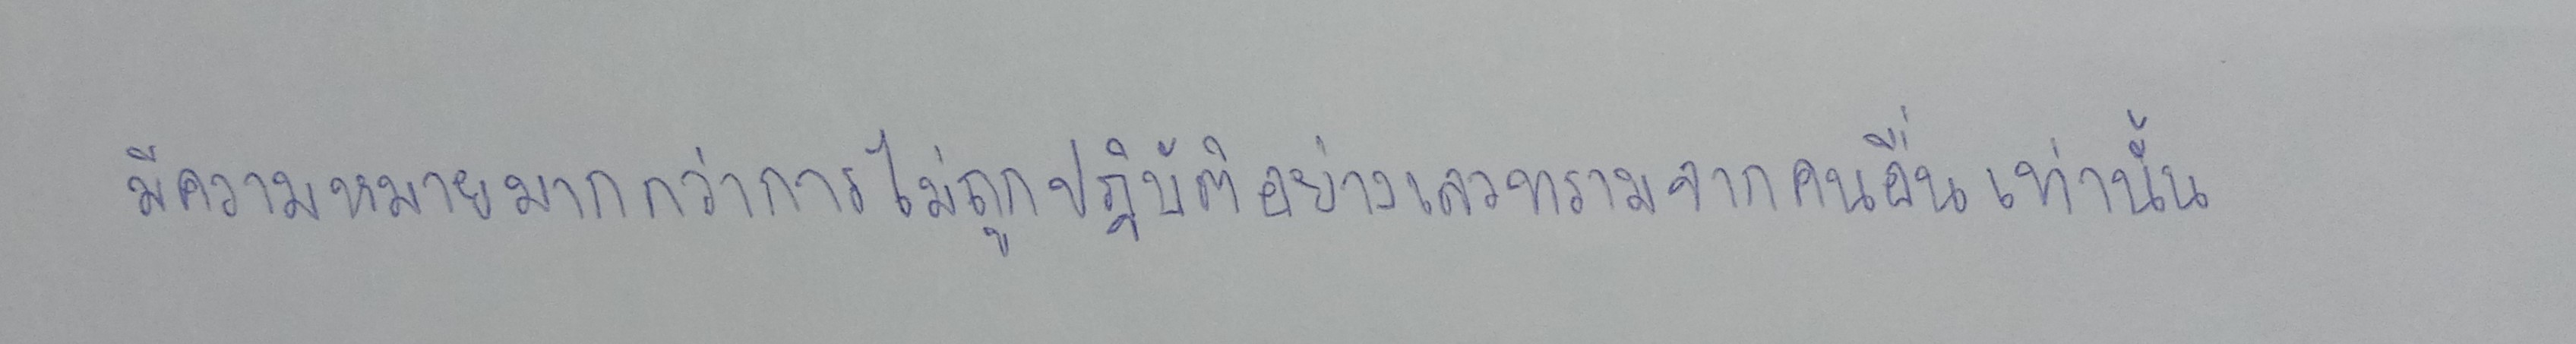
มีความหมายมากกว่าการไม่ถูกปฏิบัติอย่างเลวทรามจากคนอื่นเท่านั้น